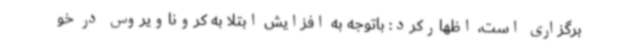
برگزاری است، اظهارکرد: باتوجه به افزایش ابتلا به کروناویروس در خو